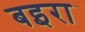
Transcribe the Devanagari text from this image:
बइरा